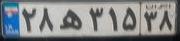
۲۸ه۳۱۵۳۸